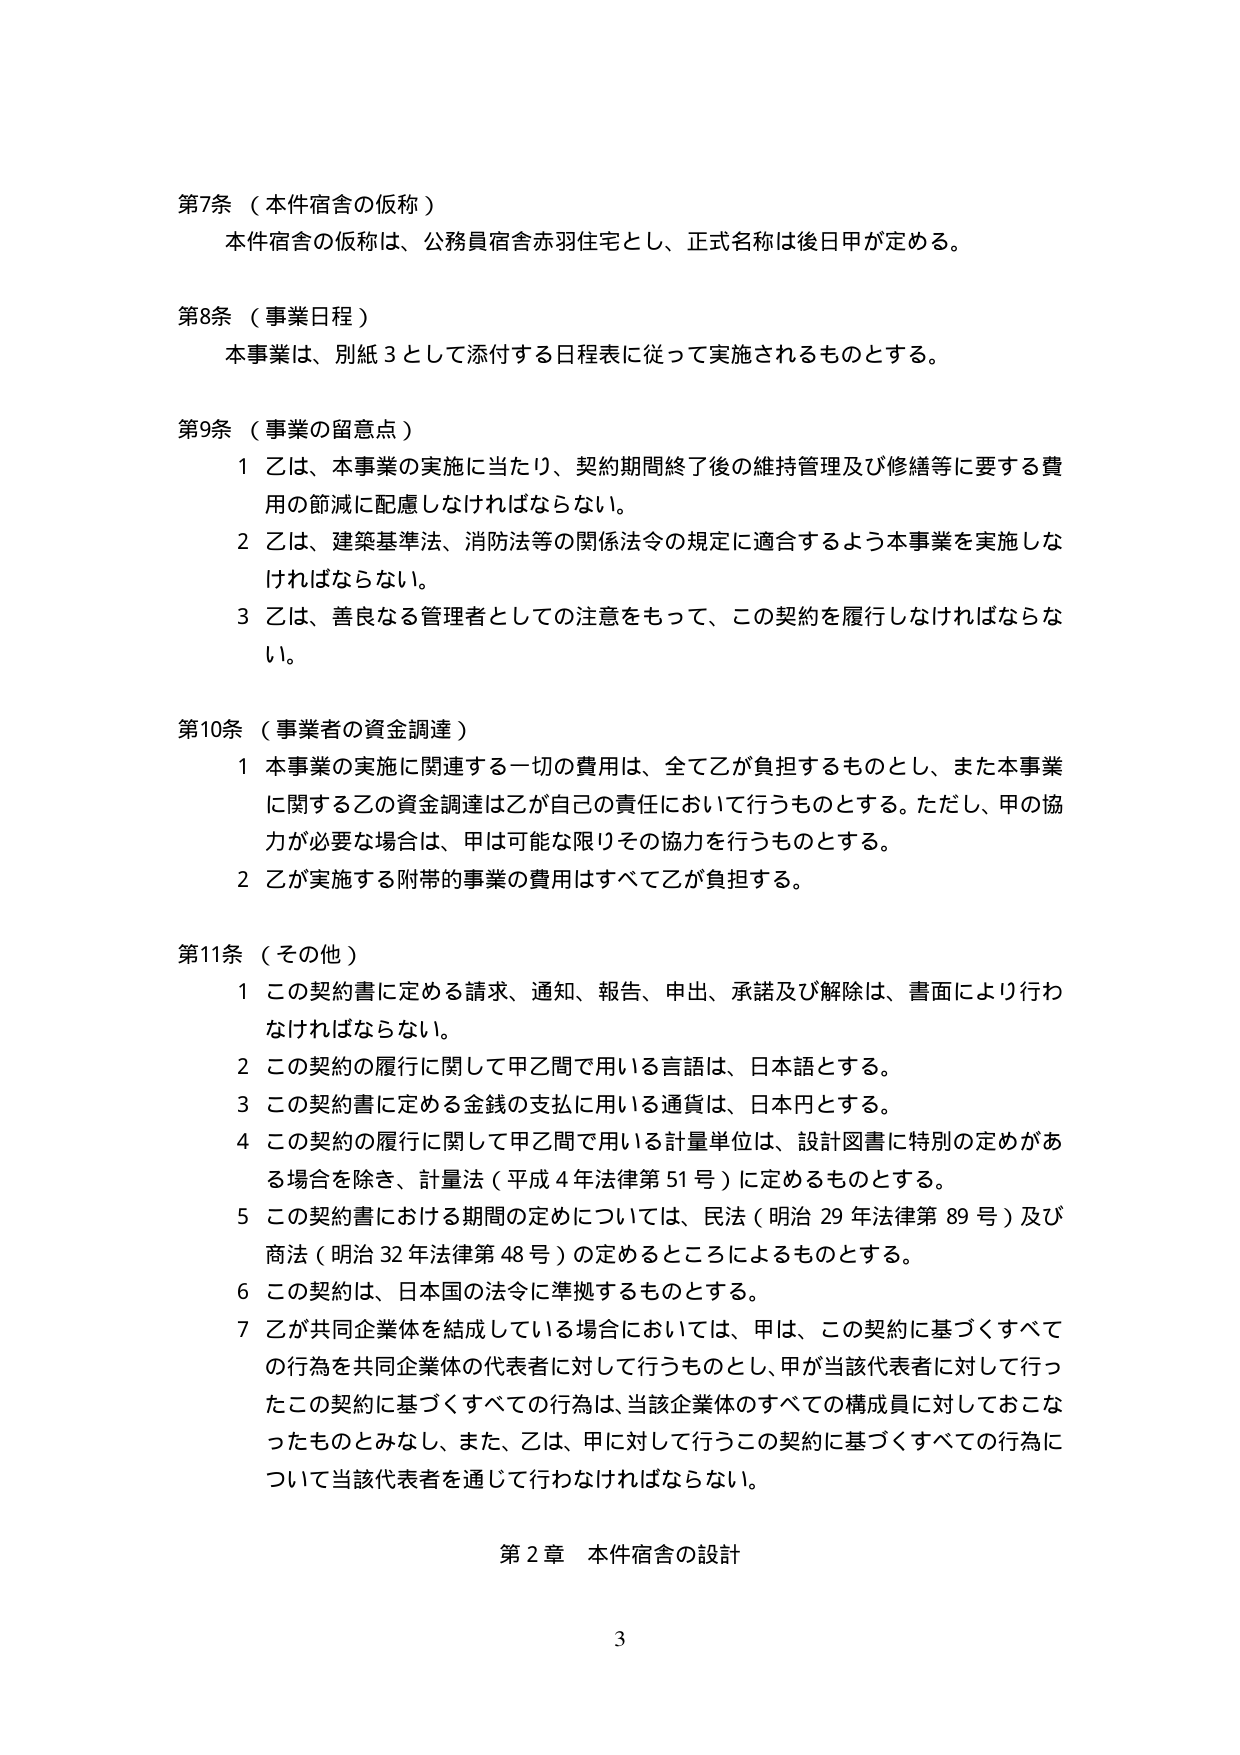
第7条（本件宿舎の仮称）
本件宿舎の仮称は、公務員宿舎赤羽住宅とし、正式名称は後日甲が定める。

第8条（事業日程）
本事業は、別紙3として添付する日程表に従って実施されるものとする。

第9条（事業の留意点）
1 乙は、本事業の実施に当たり、契約期間終了後の維持管理及び修繕等に要する費用の節減に配慮しなければならない。
2 乙は、建築基準法、消防法等の関係法令の規定に適合するよう本事業を実施しなければならない。
3 乙は、善良なる管理者としての注意をもって、この契約を履行しなければならない。

第10条（事業者の資金調達）
1 本事業の実施に関連する一切の費用は、全て乙が負担するものとし、また本事業に関する乙の資金調達は乙が自己の責任において行うものとする。ただし、甲の協力が必要な場合は、甲は可能な限りその協力を行うものとする。
2 乙が実施する附帯的事業の費用はすべて乙が負担する。

第11条（その他）
1 この契約書に定める請求、通知、報告、申出、承諾及び解除は、書面により行わなければならない。
2 この契約の履行に関して甲乙間で用いる言語は、日本語とする。
3 この契約書に定める金銭の支払に用いる通貨は、日本円とする。
4 この契約の履行に関して甲乙間で用いる計量単位は、設計図書に特別の定めがある場合を除き、計量法（平成4年法律第51号）に定めるものとする。
5 この契約書における期間の定めについては、民法（明治29年法律第89号）及び商法（明治32年法律第48号）の定めるところによるものとする。
6 この契約は、日本国の法令に準拠するものとする。
7 乙が共同企業体を結成している場合においては、甲は、この契約に基づくすべての行為を共同企業体の代表者に対して行うものとし、甲が当該代表者に対して行ったこの契約に基づくすべての行為は、当該企業体のすべての構成員に対しておこなったものとみなし、また、乙は、甲に対して行うこの契約に基づくすべての行為について当該代表者を通じて行わなければならない。

第2章 本件宿舎の設計

3